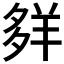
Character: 𦍹